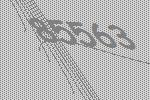
85563